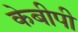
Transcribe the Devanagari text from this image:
केबीपी